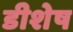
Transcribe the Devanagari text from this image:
डीशेष